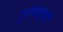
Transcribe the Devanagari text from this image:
दुधापासूनही